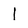
Character: l